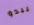
يبدو